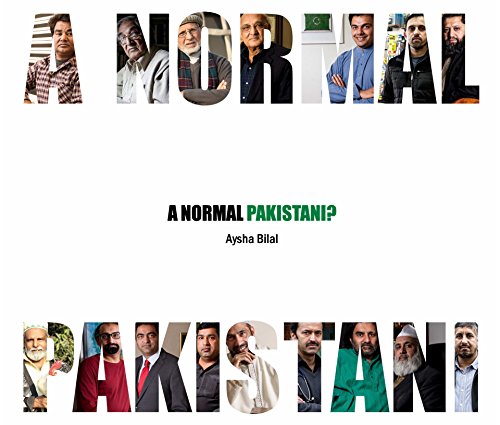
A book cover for A NORMAL PAKISTANI?; Aysha Bilal; Travel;